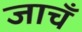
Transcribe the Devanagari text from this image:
जाचँ